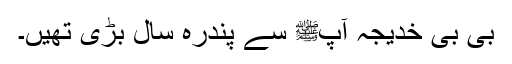
بی بی خدیجہؓ آپﷺ سے پندرہ سال بڑی تھیں۔